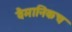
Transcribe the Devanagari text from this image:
वैमानिकच